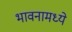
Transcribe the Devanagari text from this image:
भावनामध्ये